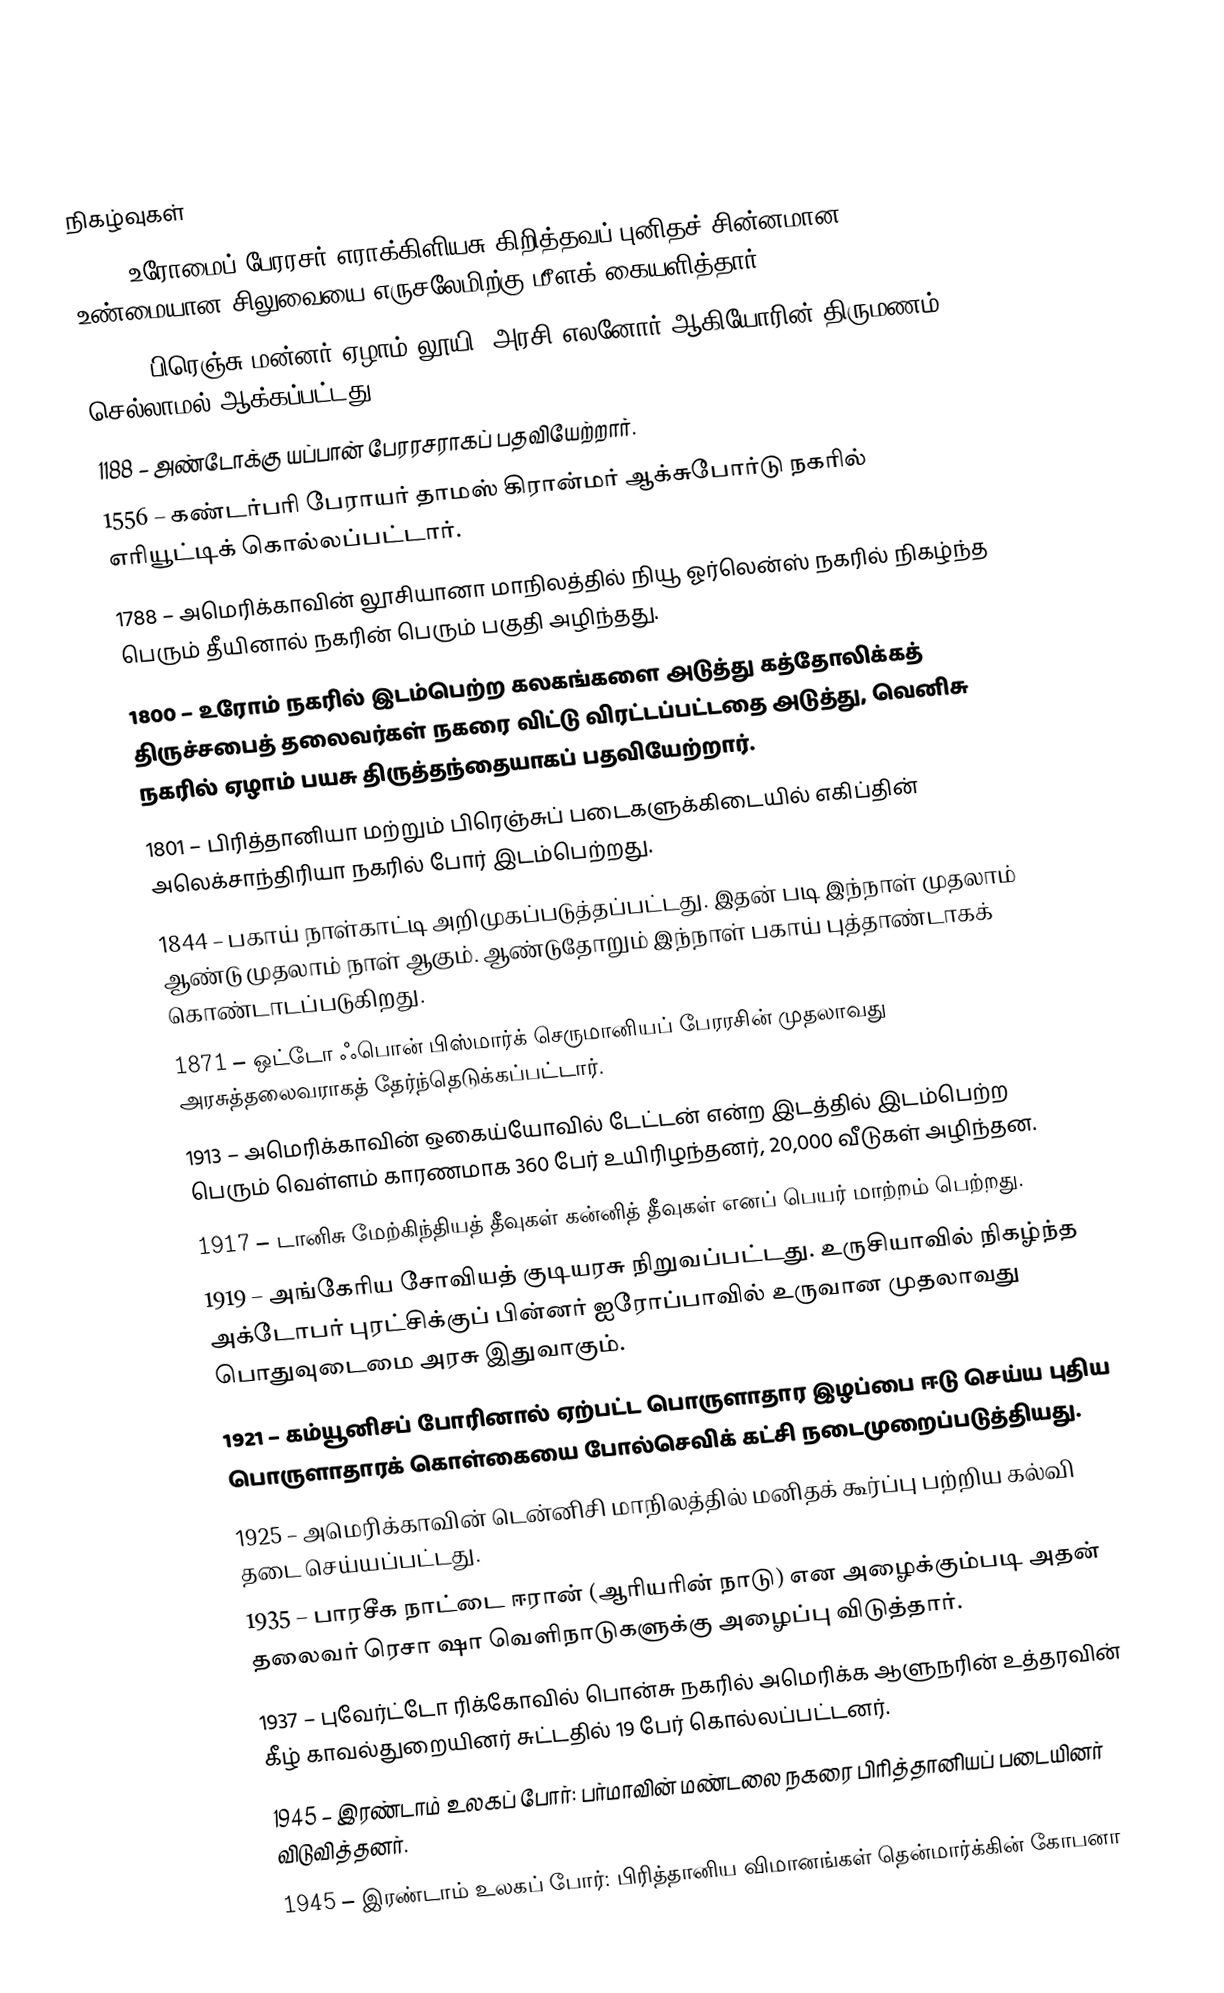

நிகழ்வுகள்
 630 – உரோமைப் பேரரசர் எராக்கிளியசு கிறித்தவப் புனிதச் சின்னமான உண்மையான சிலுவையை எருசலேமிற்கு மீளக் கையளித்தார்.
1152 – பிரெஞ்சு மன்னர் ஏழாம் லூயி, அரசி எலனோர் ஆகியோரின் திருமணம் செல்லாமல் ஆக்கப்பட்டது.
1188 – அண்டோக்கு யப்பான் பேரரசராகப் பதவியேற்றார்.
1556 – கண்டர்பரி பேராயர் தாமஸ் கிரான்மர் ஆக்சுபோர்டு நகரில் எரியூட்டிக் கொல்லப்பட்டார்.
1788 – அமெரிக்காவின் லூசியானா மாநிலத்தில் நியூ ஓர்லென்ஸ் நகரில் நிகழ்ந்த பெரும் தீயினால் நகரின் பெரும் பகுதி அழிந்தது.
1800 – உரோம் நகரில் இடம்பெற்ற கலகங்களை அடுத்து கத்தோலிக்கத் திருச்சபைத் தலைவர்கள் நகரை விட்டு விரட்டப்பட்டதை அடுத்து, வெனிசு நகரில் ஏழாம் பயசு திருத்தந்தையாகப் பதவியேற்றார்.
1801 – பிரித்தானியா மற்றும் பிரெஞ்சுப் படைகளுக்கிடையில் எகிப்தின் அலெக்சாந்திரியா நகரில் போர் இடம்பெற்றது.
1844 – பகாய் நாள்காட்டி அறிமுகப்படுத்தப்பட்டது. இதன் படி இந்நாள் முதலாம் ஆண்டு முதலாம் நாள் ஆகும். ஆண்டுதோறும் இந்நாள் பகாய் புத்தாண்டாகக் கொண்டாடப்படுகிறது.
1871 – ஒட்டோ ஃபொன் பிஸ்மார்க் செருமானியப் பேரரசின் முதலாவது அரசுத்தலைவராகத் தேர்ந்தெடுக்கப்பட்டார்.
1913 – அமெரிக்காவின் ஒகைய்யோவில் டேட்டன் என்ற இடத்தில் இடம்பெற்ற பெரும் வெள்ளம் காரணமாக 360 பேர் உயிரிழந்தனர், 20,000 வீடுகள் அழிந்தன.
1917 – டானிசு மேற்கிந்தியத் தீவுகள்  கன்னித் தீவுகள் எனப் பெயர் மாற்றம் பெற்றது.
1919 – அங்கேரிய சோவியத் குடியரசு நிறுவப்பட்டது. உருசியாவில் நிகழ்ந்த அக்டோபர் புரட்சிக்குப் பின்னர் ஐரோப்பாவில் உருவான முதலாவது பொதுவுடைமை அரசு இதுவாகும்.
1921 – கம்யூனிசப் போரினால் ஏற்பட்ட பொருளாதார இழப்பை ஈடு செய்ய புதிய பொருளாதாரக் கொள்கையை போல்செவிக் கட்சி நடைமுறைப்படுத்தியது.
1925 – அமெரிக்காவின் டென்னிசி மாநிலத்தில் மனிதக் கூர்ப்பு பற்றிய கல்வி தடை செய்யப்பட்டது.
1935 – பாரசீக நாட்டை ஈரான் (ஆரியரின் நாடு) என அழைக்கும்படி அதன் தலைவர் ரெசா ஷா வெளிநாடுகளுக்கு அழைப்பு விடுத்தார்.
1937 – புவேர்ட்டோ ரிக்கோவில் பொன்சு நகரில் அமெரிக்க ஆளுநரின் உத்தரவின் கீழ் காவல்துறையினர் சுட்டதில் 19 பேர் கொல்லப்பட்டனர்.
1945 – இரண்டாம் உலகப் போர்: பர்மாவின் மண்டலை நகரை பிரித்தானியப் படையினர் விடுவித்தனர்.
1945 – இரண்டாம் உலகப் போர்: பிரித்தானிய விமானங்கள் தென்மார்க்கின் கோபனா